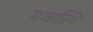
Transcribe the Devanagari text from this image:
गजास्थि